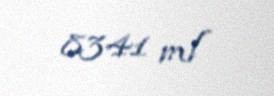
8341 ml